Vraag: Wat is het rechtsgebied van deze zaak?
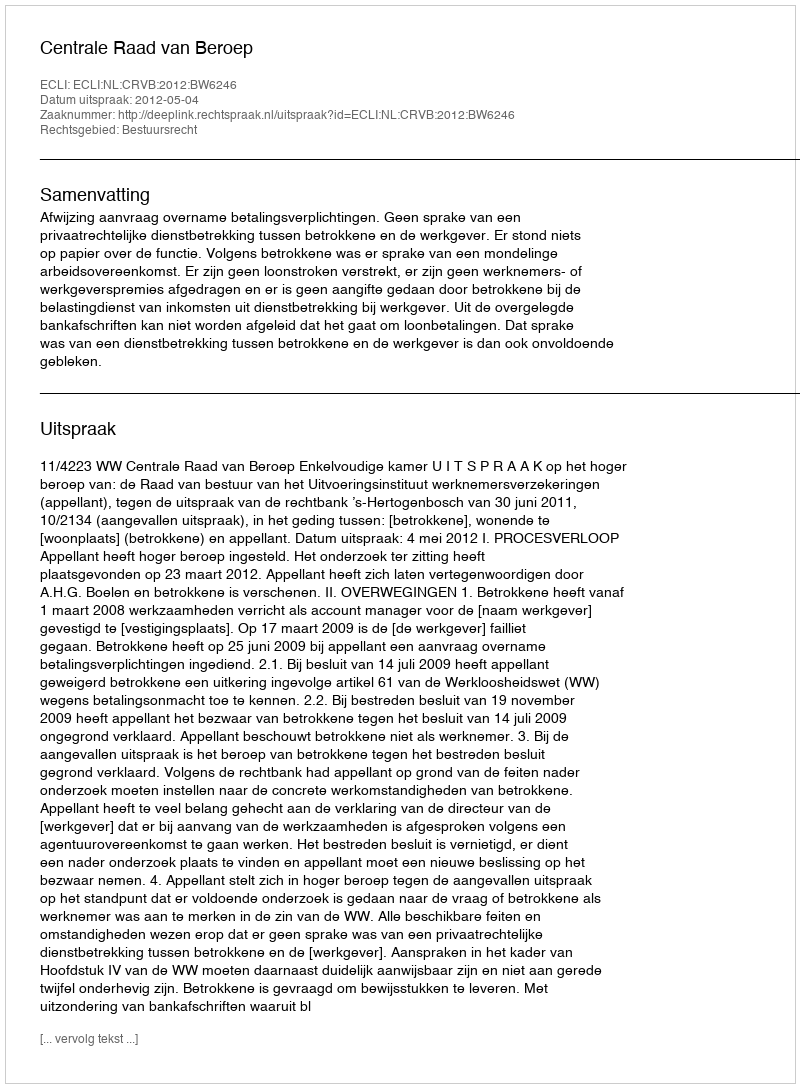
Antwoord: Bestuursrecht